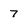
Character: 7